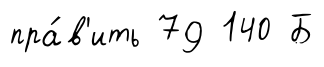
пра́в'ить 79 140 Б